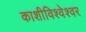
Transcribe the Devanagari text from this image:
काशीविश्‍वेश्‍वर